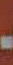
.